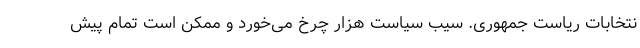
نتخابات ریاست جمهوری. سیب سیاست هزار چرخ می‌خورد و ممکن است تمام پیش